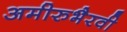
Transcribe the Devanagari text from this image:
अमीरुभैरवी